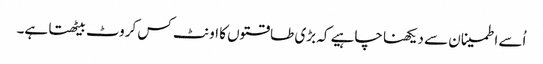
اُسے اطمینان سے دیکھنا چاہیے کہ بڑی طاقتوں کا اونٹ کس کروٹ بیٹھتا ہے۔